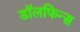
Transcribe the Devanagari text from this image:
डॉलफिन्स